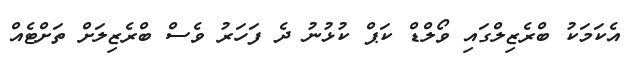
އެކަމަކު ބްރެޒިލްގައި ވޯލްޑް ކަޕް ކުޅުނު ދެ ފަހަރު ވެސް ބްރެޒިލަށް ތަށްޓެއް